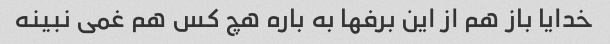
خدایا باز هم از این برفها به باره هچ کس هم غمی نبینه